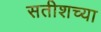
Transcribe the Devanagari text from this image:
सतीशच्या